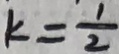
k = \frac { 1 } { 2 }